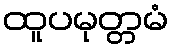
ထူပမုတ္တမံ